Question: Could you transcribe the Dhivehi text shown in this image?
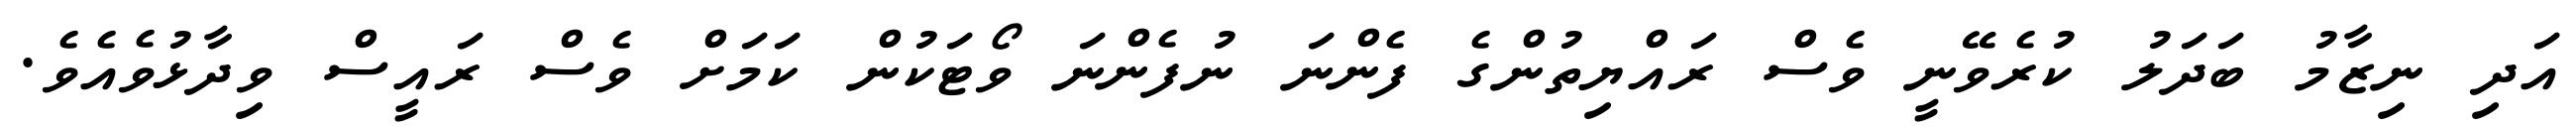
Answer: އަދި ނިޒާމު ބަދަލު ކުރެވޭނީ ވެސް ރައްޔިތުންގެ ފެންނަ ނުފެންނަ ވޯޓަކުން ކަމަށް ވެސް ރައީސް ވިދާޅުވެއެވެ.